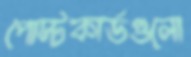
পোস্টকার্ডগুলো